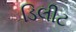
ડિલીટ